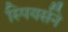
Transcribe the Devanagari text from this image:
स्पियर्सने